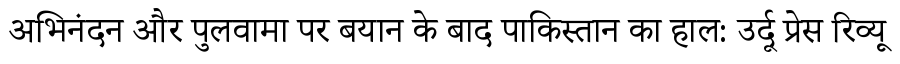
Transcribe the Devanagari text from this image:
अभिनंदन और पुलवामा पर बयान के बाद पाकिस्तान का हाल: उर्दू प्रेस रिव्यू